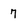
Character: 7